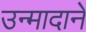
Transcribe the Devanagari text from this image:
उन्मादाने